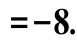
$=-8.$